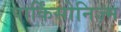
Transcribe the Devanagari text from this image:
पार्किंसोनिज़्म